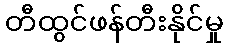
တီထွင်ဖန်တီးနိုင်မှု